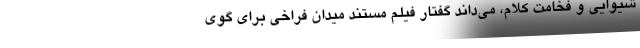
شیوایی و فخامت کلام، می‌داند گفتار فیلم مستند میدان فراخی برای گوی